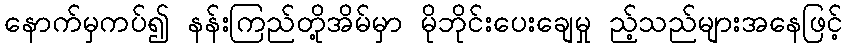
နောက်မှကပ်၍ နန်းကြည်တို့အိမ်မှာ မိုဘိုင်းပေးချေမှု ည့်သည်များအနေဖြင့်